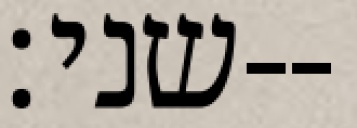
שני׃--